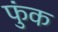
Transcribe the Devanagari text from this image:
फुंक